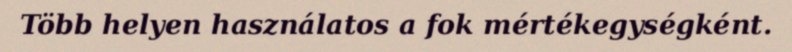
Több helyen használatos a fok mértékegységként.